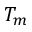
T _ { m }